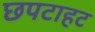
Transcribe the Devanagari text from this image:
छपटाहट